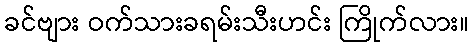
ခင်ဗျား ဝက်သားခရမ်းသီးဟင်း ကြိုက်လား။